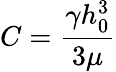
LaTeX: C=\frac{\gamma h_{0}^{3}}{3\mu}